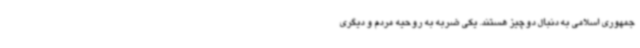
جمهوری اسلامی به دنبال دوچیز هستند. یکی ضربه به روحیه مردم و دیگری